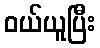
ဝယ်ယူပြီး